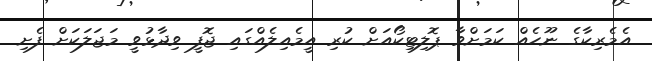
އެމެރިކާގެ ނޫހެއް ކަމަށްވާ ޕޮލިޓިކޯއަށް ކުރި އީމެއިލެއްގައި ޖޮފީ ވިދާޅުވީ މަޖަލަކަށް ފެށި